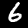
Digit: 6